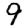
Digit: 9